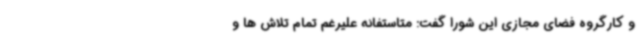
و کارگروه فضای مجازی این شورا گفت: متاستفانه علیرغم تمام تلاش ها و